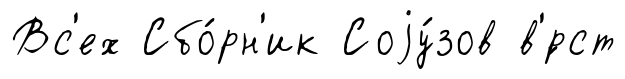
Вс'ех Сбо́рн'ик Соjу́зов в'́рст